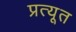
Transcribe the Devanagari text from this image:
प्रत्यूत